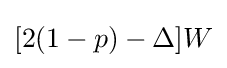
[2(1-p)-\Delta ]W